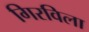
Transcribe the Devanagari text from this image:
गिरविला